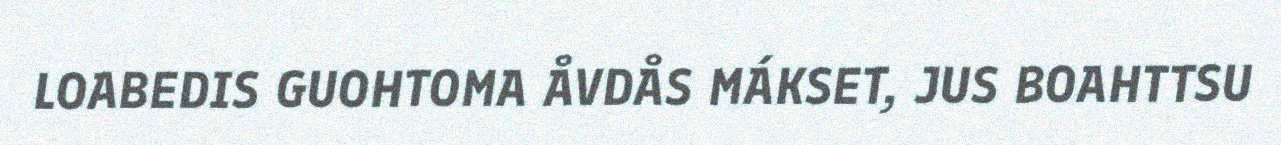
LOABEDIS GUOHTOMA ÅVDÅS MÁKSET, JUS BOAHTTSU